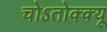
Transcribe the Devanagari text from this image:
चोऽतोक्क्यू